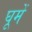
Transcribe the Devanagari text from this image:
घूमें